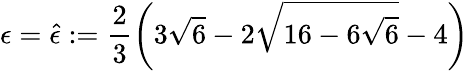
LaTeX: \epsilon=\hat{\epsilon}:=\frac{2}{3}\left(3\sqrt{6}-2\sqrt{16-6\sqrt{6}}-4\right)